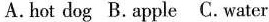
A.hot dog B.Apple C. Water